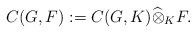
LaTeX: \begin{align*}C(G,F):= C(G,K)\widehat{\otimes}_{K} F. \end{align*}